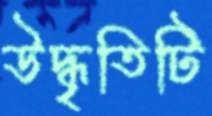
উদ্ধৃতিটি